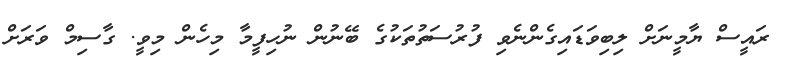
ރައީސް ޔާމީނަށް ލިބިވަޑައިގެންނެވި ފުރުސަތުތަކުގެ ބޭނުން ނުހިފީމާ މިހެން މިވީ. ގާސިމް ވަރަށް